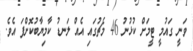
ވަނީ ގައުމީ ޓީމަށް ކުޅުނު 46 މެޗުގައި އެއް ލަނޑު ކާމިޔާބުކޮށްފަ އެވެ.